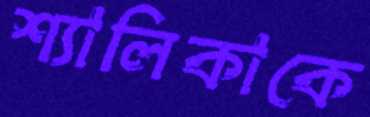
শ্যালিকাকে